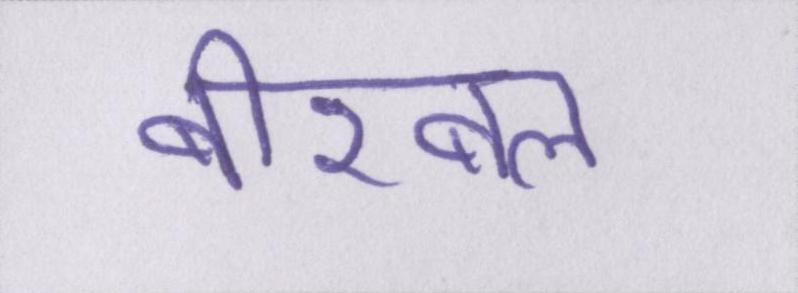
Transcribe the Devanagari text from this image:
बीरबल